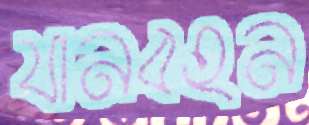
যানবহন